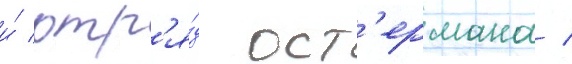
и́ отр'я́д ост'ермана /